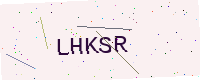
Text: LHKSR